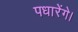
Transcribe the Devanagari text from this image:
पधारेंगे।